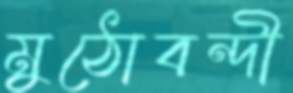
মুঠোবন্দী